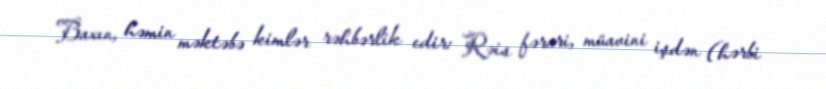
Baxın, həmin məktəbə kimlər rəhbərlik edir: Rəis fərari, müavini işdən (hərbi